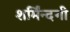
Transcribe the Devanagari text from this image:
शर्मिंन्दगी